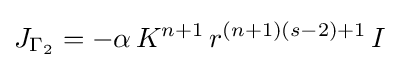
J_{\Gamma _{2}}=-\alpha \,K^{n+1}\,r^{(n+1)(s-2)+1}\,I